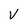
Character: V